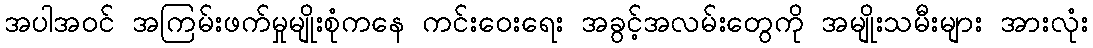
အပါအဝင် အကြမ်းဖက်မှုမျိုးစုံကနေ ကင်းဝေးရေး အခွင့်အလမ်းတွေကို အမျိုးသမီးများ အားလုံး